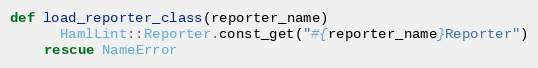
Language: Ruby
def load_reporter_class(reporter_name)
      HamlLint::Reporter.const_get("#{reporter_name}Reporter")
    rescue NameError